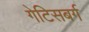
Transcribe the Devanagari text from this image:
गेटिसबर्ग